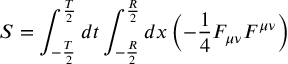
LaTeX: S = \int _ { - { \frac { T } { 2 } } } ^ { { \frac { T } { 2 } } } d t \int _ { - { \frac { R } { 2 } } } ^ { { \frac { R } { 2 } } } d x \left( - { \frac { 1 } { 4 } } F _ { \mu \nu } F ^ { \mu \nu } \right)